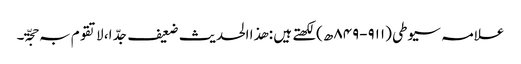
علامہ سیوطی (۹۱۱-۸۴۹ھ)لکھتے ہیں : ھذا الحدیث ضعیف جدّ ا، لاتقوم بہ حجّۃ۔